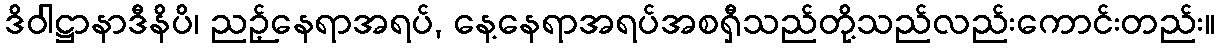
ဒိဝါဋ္ဌာနာဒီနိပိ၊ ညဉ့်နေရာအရပ်, နေ့နေရာအရပ်အစရှီသည်တို့သည်လည်းကောင်းတည်း။